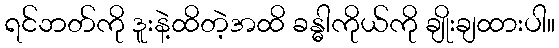
ရင်ဘတ်ကို ဒူးနဲ့ထိတဲ့အထိ ခန္ဓါကိုယ်ကို ချိုးချထားပါ။